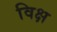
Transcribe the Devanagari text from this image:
विक्ष